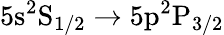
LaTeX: \mathrm{5s^{2}S_{1/2}}\rightarrow\mathrm{5p^{2}P_{3/2}}